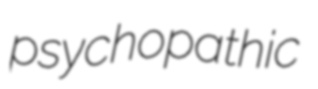
psychopathic